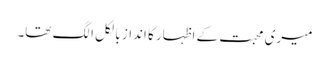
میری محبت کے اظہار کا انداز بالکل الگ تھا۔